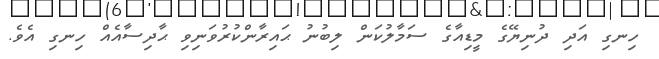
ހިނގި އަދި ދުނިޔޭގެ މީޑިއާގެ ސަމާލުކަން ލިބުނު ޙައިރާންކުރުވަނިވި ޙާދިސާއެއް ހިނގި އެވެ.